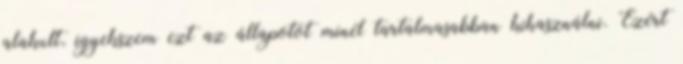
alakult, igyekszem ezt az állapotot minél tartalmasabban kihasználni. Ezért